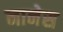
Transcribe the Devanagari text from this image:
नानेस